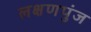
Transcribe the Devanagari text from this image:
लक्षणपुंज